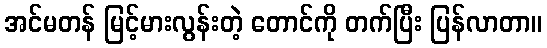
အင်မတန် မြင့်မားလွန်းတဲ့ တောင်ကို တက်ပြီး ပြန်လာတာ။